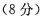
(8分)